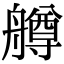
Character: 𦪚